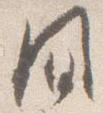
間